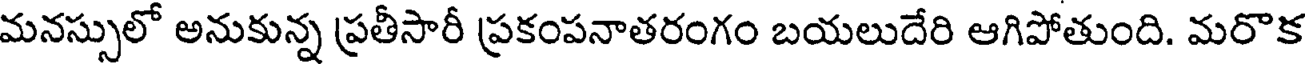
మనస్సులో అనుకున్న ప్రతీసారీ ప్రకంపనాతరంగం బయలుదేరి ఆగిపోతుంది. మరొక